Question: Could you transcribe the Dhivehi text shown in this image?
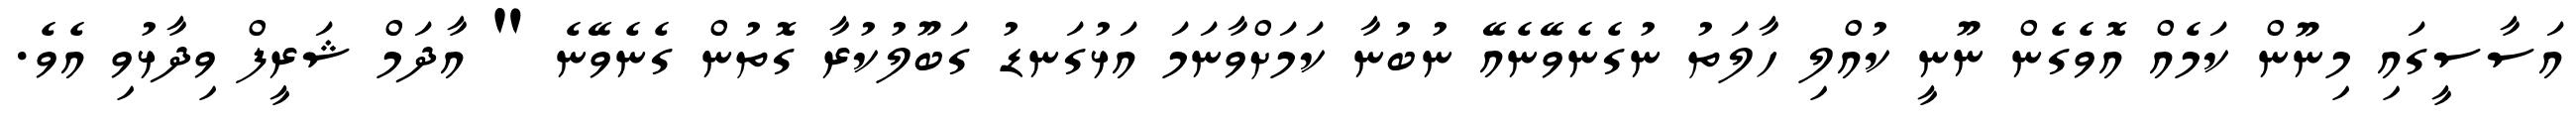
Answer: އަސާސީގައި މިނޫން ކަމެއް އޮވެގެން ނޫނީ ކުއްލި ހާލަތު ނުގެނެވޭނެއޭ ނުބުނާ ކަމަށްވާނަމަ އަޅުގަނޑު ގަބޫލުކުރާ ގޮތުން ގެނެވޭނެ " އާދަމް ޝަރީފް ވިދާޅުވި އެވެ.